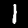
Label: 1